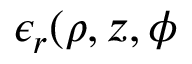
\epsilon _ { r } ( \rho , z , \phi